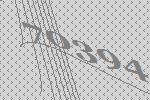
70394